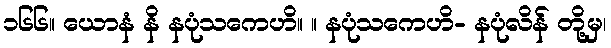
၁၆၆။ ယောနံ နိ နပုံသကေဟိ။ ။ နပုံသကေဟိ- နပုံလိန် တို့မှ၊